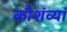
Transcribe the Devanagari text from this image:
कौशंव्यां